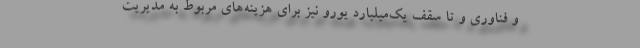
و فناوری و تا سقف یك‌میلیارد یورو نیز برای هزینه‌های مربوط به مدیریت